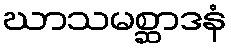
ဃာသမစ္ဆာဒနံ